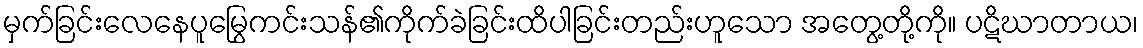
မှက်ခြင်းလေနေပူမြွေကင်းသန်၏ကိုက်ခဲခြင်းထိပါခြင်းတည်းဟူသော အတွေ့တို့ကို။ ပဋိဃာတာယ၊